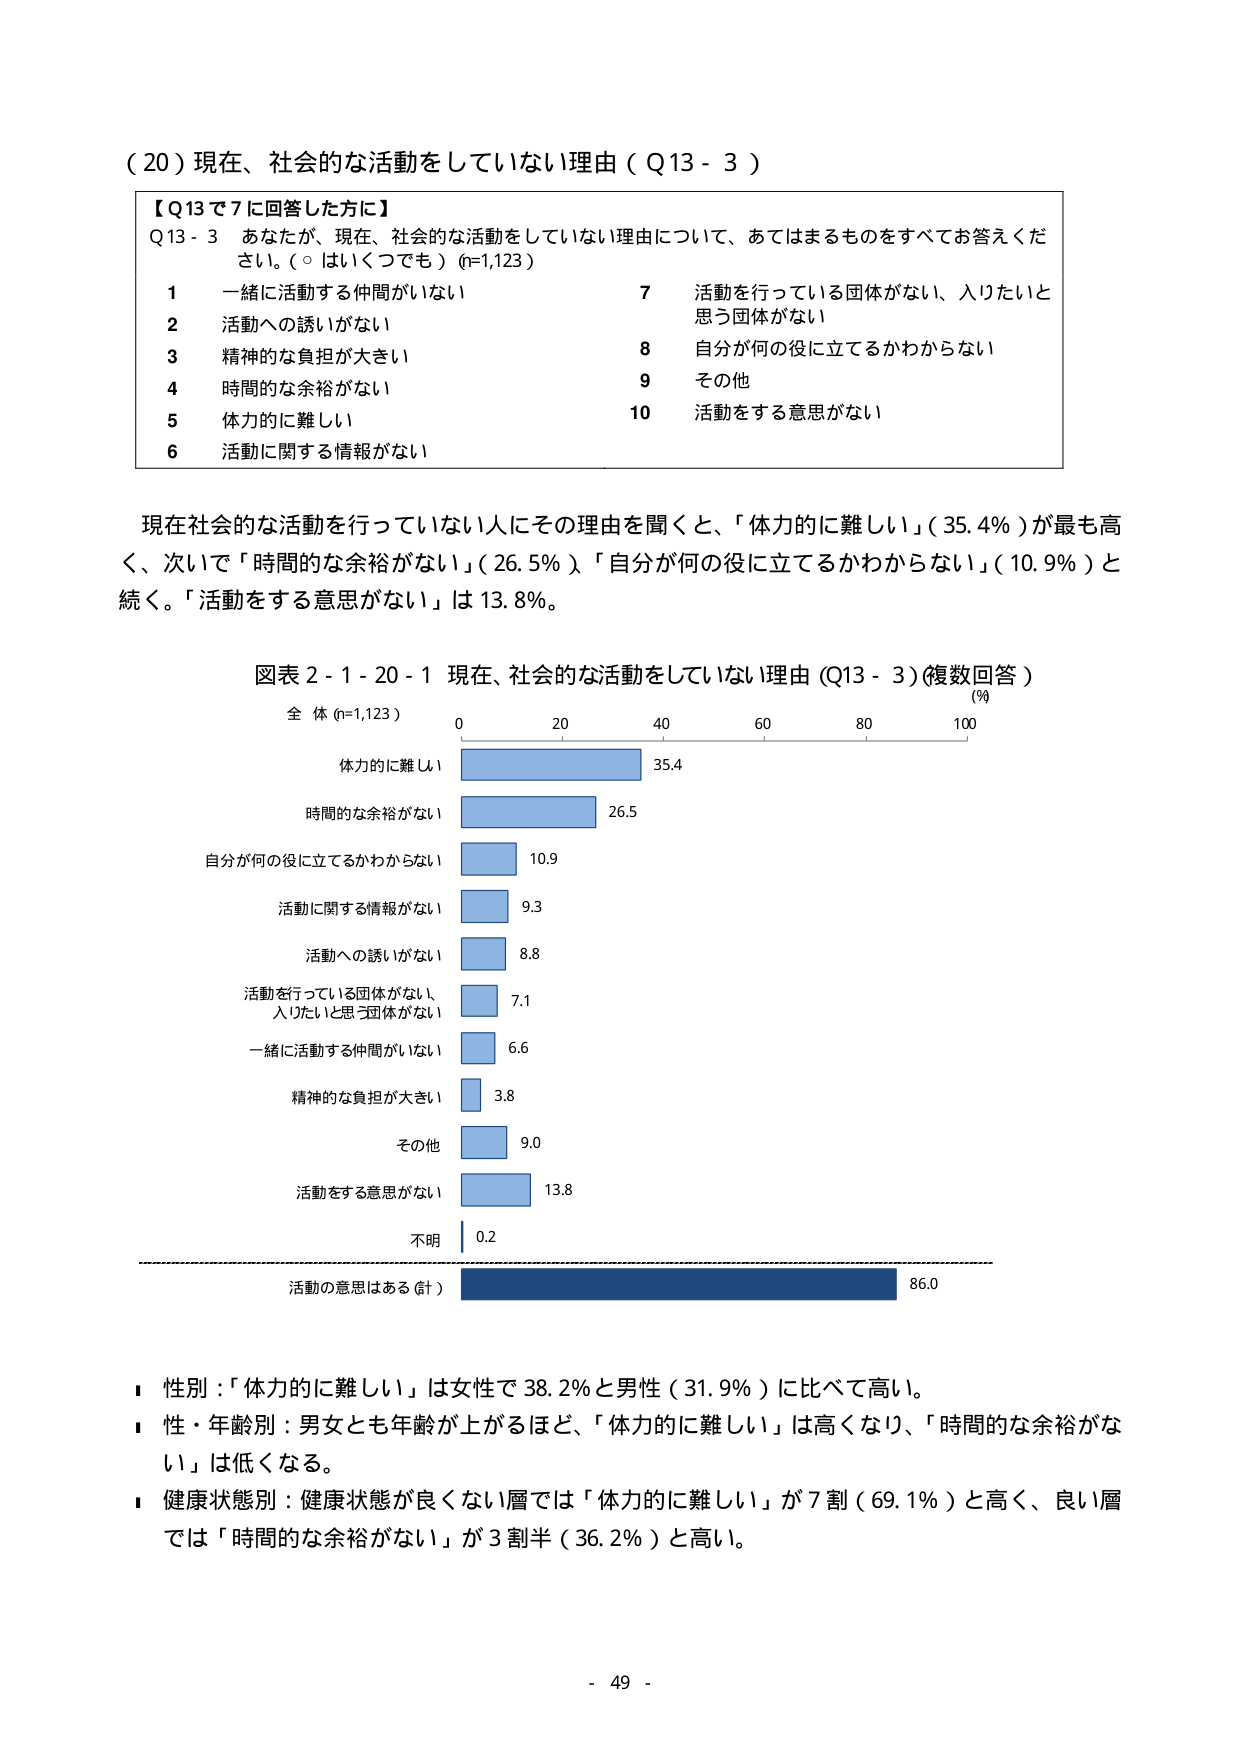
（20）現在、社会的な活動をしていない理由（Q13-3）

【Q13で7に回答した方に】
Q13-3　あなたが、現在、社会的な活動をしていない理由について、あてはまるものをすべてお答えください。（○はいくつでも）（n=1,123）

1　一緒に活動する仲間がいない　　　　　　　　　7　活動を行っている団体がない、入りたいと思う団体がない
2　活動への誘いがない　　　　　　　　　　　　　8　自分が何の役に立てるかわからない
3　精神的な負担が大きい　　　　　　　　　　　　9　その他
4　時間的な余裕がない　　　　　　　　　　　　　10　活動をする意思がない
5　体力的に難しい
6　活動に関する情報がない

現在社会的な活動を行っていない人にその理由を聞くと、「体力的に難しい」（35.4％）が最も高く、次いで「時間的な余裕がない」（26.5％）、「自分が何の役に立てるかわからない」（10.9％）と続く。「活動をする意思がない」は13.8％。

図表2-1-20-1 現在、社会的な活動をしていない理由（Q13-3）（複数回答）
全 体（n=1,123）
（％）
体力的に難しい